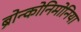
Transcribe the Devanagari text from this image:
ब्रोन्कोनिमोनिया